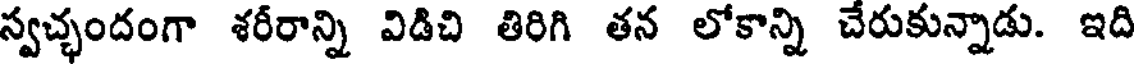
స్వచ్ఛందంగా శరీరాన్ని విడిచి తిరిగి తన లోకాన్ని చేరుకున్నాడు. ఇది